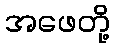
အဖေတို့